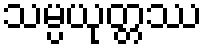
သမ္ပယုတ္တဿ